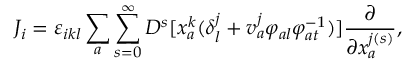
{ \cal J } _ { i } = \varepsilon _ { i k l } \sum _ { a } \sum _ { s = 0 } ^ { \infty } D ^ { s } [ x _ { a } ^ { k } ( \delta _ { l } ^ { j } + v _ { a } ^ { j } \varphi _ { a l } \varphi _ { a t } ^ { - 1 } ) ] \frac { \partial } { \partial x _ { a } ^ { j ( s ) } } ,